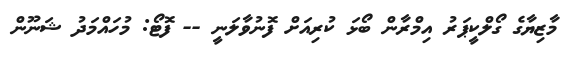
މާޒިޔާގެ ގޯލްކީޕަރު އިމްރާން ބޯޅަ ކުރިއަށް ފޮނުވާލަނީ -- ފޮޓޯ: މުހައްމަދު ޝަނޫން